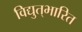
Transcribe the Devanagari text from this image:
विद्युत्‌भारित